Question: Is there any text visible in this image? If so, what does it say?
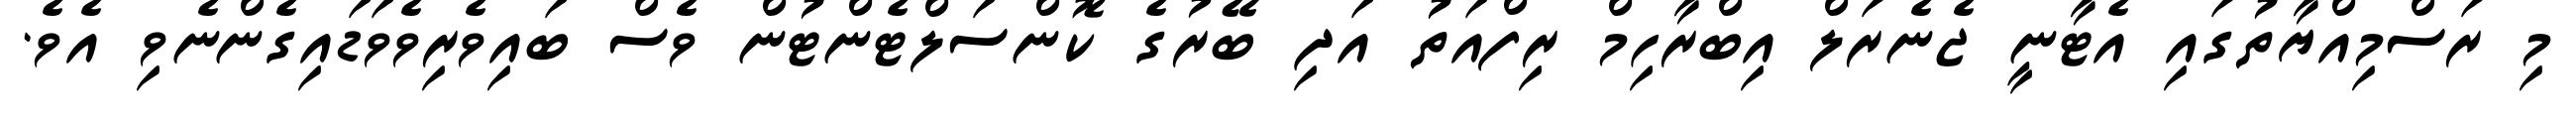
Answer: މި ރަސްމިއްޔާތުގައި އެޓާނީ ޖެނެރަލް އިބްރާހިމް ރިފްއަތު އަދި ބޭރުގެ ކޮންސަލްޓެންޓުން ވެސް ބައިވެރިވެވަޑައިގެންނެވި އެވެ.